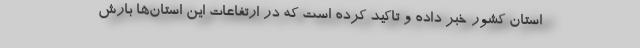
استان کشور خبر داده و تاکید کرده است که در ارتفاعات این استان‌ها بارش